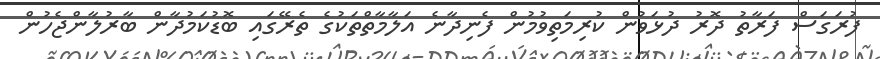
ފުރަގަސް ފަރާތު ދޮރު ދުޅަވުން ކުރިމަތިވުމުން ފެނިދާނެ އަލާމާތްތަކުގެ ތެރޭގައި ބޮޑުކަމުދާން ބާރުލާންޖެހުން